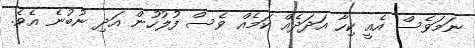
ނަމަވެސް އެއީ ކިހާ އަދަދެއް ކަމެއް ވެސް ފުލުހުން އަދި ނުބުނެ އެވެ.